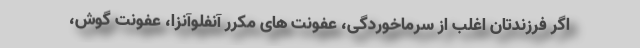
اگر فرزندتان اغلب از سرماخوردگی، عفونت های مکرر آنفلوآنزا، عفونت گوش،